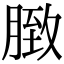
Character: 𦟔